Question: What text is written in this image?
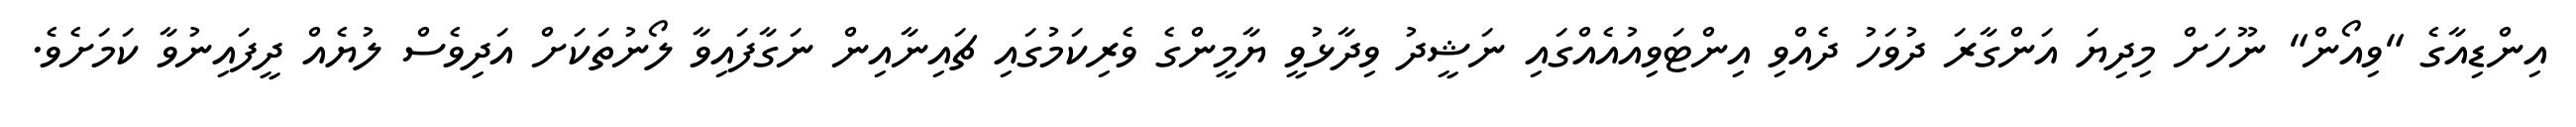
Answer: އިންޑިއާގެ "ވިއޯން" ނޫހަށް މިދިޔަ އަންގާރަ ދުވަހު ދެއްވި އިންޓަވިއުއެއްގައި ނަޝީދު ވިދާޅުވީ ޔާމީންގެ ވެރިކަމުގައި ޗައިނާއިން ނަގާފައިވާ ލޯނުތަކަށް އަދިވެސް ލުޔެއް ދީފައިނުވާ ކަމަށެވެ.